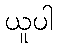
ယူပါ